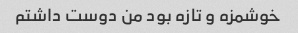
خوشمزه و تازه بود من دوست داشتم